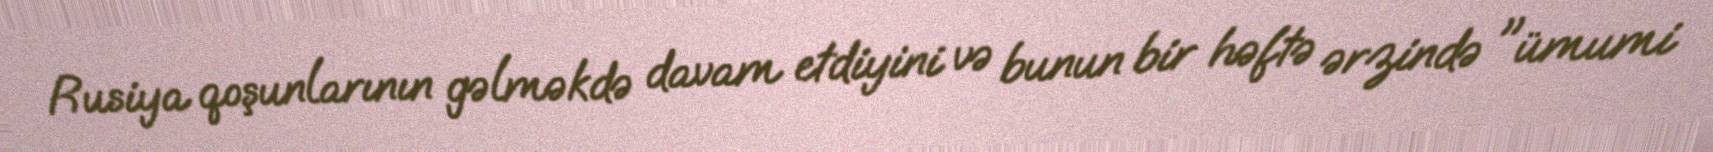
Rusiya qoşunlarının gəlməkdə davam etdiyini və bunun bir həftə ərzində "ümumi